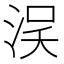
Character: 𣵗